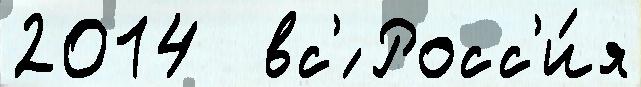
2014  вс'́ Росс'и́я